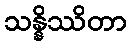
သန္နိဿိတာ